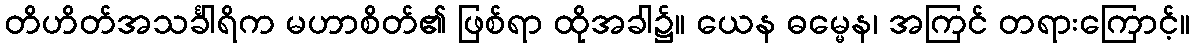
တိဟိတ်အသင်္ခါရိက မဟာစိတ်၏ ဖြစ်ရာ ထိုအခါ၌။ ယေန ဓမ္မေန၊ အကြင် တရားကြောင့်။